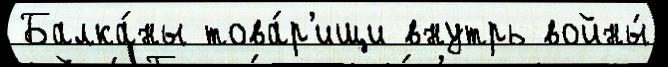
Балка́ны това́р'ищи внутрь войны́